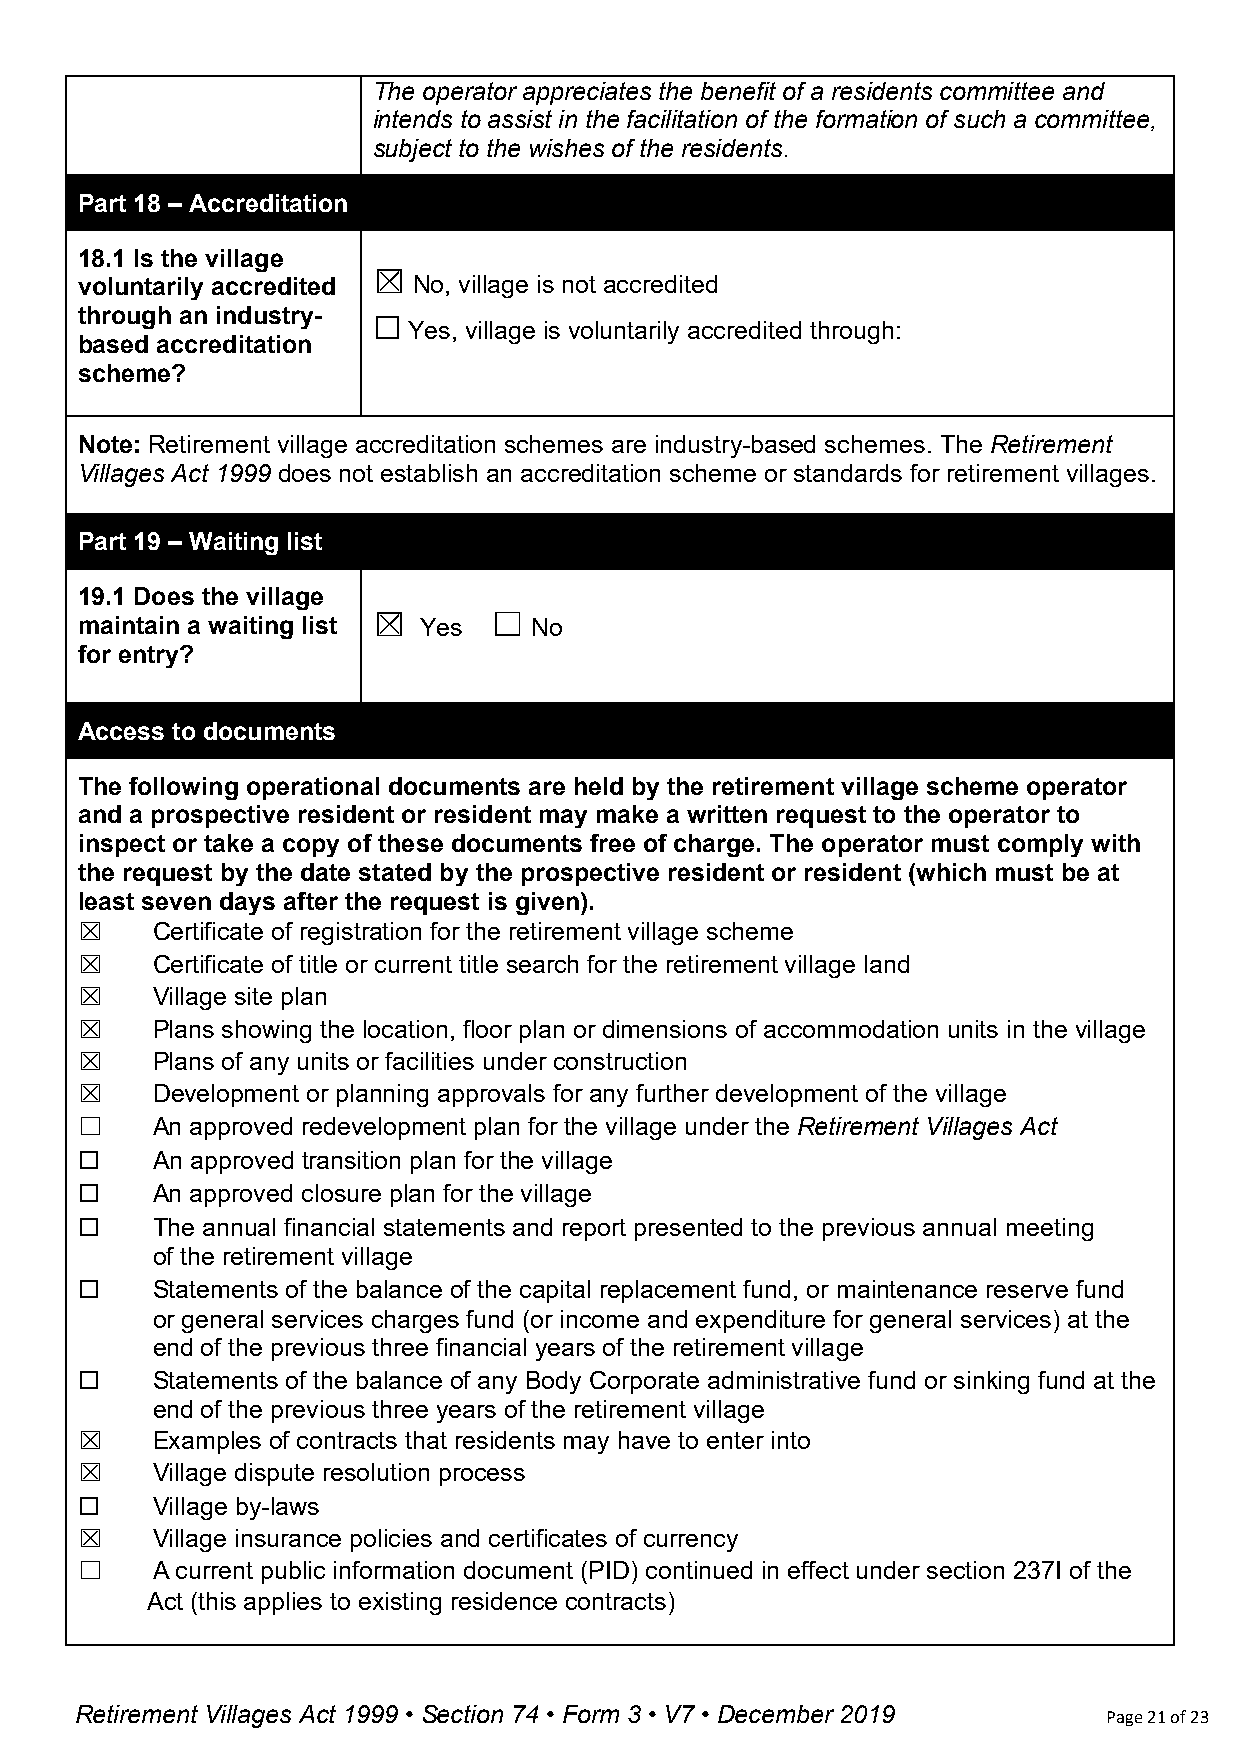
The operator appreciates the benefit of a residents committee and
 intends to assist in the facilitation of the formation of such a committee,
 subject to the wishes of the residents.
 Part 18 – Accreditation
 18.1 Is the village
 ☒
 voluntarily accredited No, village is not accredited
 through an industry-
 Yes, village is voluntarily accredited through:
 based accreditation ☐
 scheme?
 Note: Retirement village accreditation schemes are industry-based schemes. The Retirement
 Villages Act 1999 does not establish an accreditation scheme or standards for retirement villages.
 Part 19 – Waiting list
 19.1 Does the village
 ☒      ☐
 maintain a waiting list Yes   No
 for entry?
 Access to documents
 The following operational documents are held by the retirement village scheme operator
 and a prospective resident or resident may make a written request to the operator to
 inspect or take a copy of these documents free of charge. The operator must comply with
 the request by the date stated by the prospective resident or resident (which must be at
 least seven days after the request is given).
 ☒    Certificate of registration for the retirement village scheme
 ☒    Certificate of title or current title search for the retirement village land
 ☒    Village site plan
 ☒    Plans showing the location, floor plan or dimensions of accommodation units in the village
 ☒    Plans of any units or facilities under construction
 ☒    Development or planning approvals for any further development of the village
 ☐    An approved redevelopment plan for the village under the Retirement Villages Act
 An approved transition plan for the village
 ☐
 An approved closure plan for the village
 ☐
 The annual financial statements and report presented to the previous annual meeting
 ☐
 of the retirement village
 Statements of the balance of the capital replacement fund, or maintenance reserve fund
 ☐
 or general services charges fund (or income and expenditure for general services) at the
 end of the previous three financial years of the retirement village
 Statements of the balance of any Body Corporate administrative fund or sinking fund at the
 ☐
 end of the previous three years of the retirement village
 ☒    Examples of contracts that residents may have to enter into
 ☒    Village dispute resolution process
 Village by-laws
 ☐
 ☒    Village insurance policies and certificates of currency
 ☐    A current public information document (PID) continued in effect under section 237I of the
 Act (this applies to existing residence contracts)
 Retirement Villages Act 1999 • Section 74 • Form 3 • V7 • December 2019 Page 21 of 23